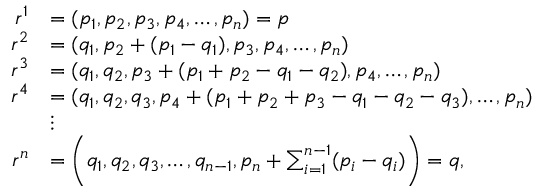
\begin{array} { r l } { r ^ { 1 } } & { = ( p _ { 1 } , p _ { 2 } , p _ { 3 } , p _ { 4 } , \ldots , p _ { n } ) = p } \\ { r ^ { 2 } } & { = ( q _ { 1 } , p _ { 2 } + ( p _ { 1 } - q _ { 1 } ) , p _ { 3 } , p _ { 4 } , \ldots , p _ { n } ) } \\ { r ^ { 3 } } & { = ( q _ { 1 } , q _ { 2 } , p _ { 3 } + ( p _ { 1 } + p _ { 2 } - q _ { 1 } - q _ { 2 } ) , p _ { 4 } , \ldots , p _ { n } ) } \\ { r ^ { 4 } } & { = ( q _ { 1 } , q _ { 2 } , q _ { 3 } , p _ { 4 } + ( p _ { 1 } + p _ { 2 } + p _ { 3 } - q _ { 1 } - q _ { 2 } - q _ { 3 } ) , \ldots , p _ { n } ) } \\ & { \vdots } \\ { r ^ { n } } & { = \bigg ( q _ { 1 } , q _ { 2 } , q _ { 3 } , \ldots , q _ { n - 1 } , p _ { n } + \sum _ { i = 1 } ^ { n - 1 } ( p _ { i } - q _ { i } ) \bigg ) = q , } \end{array}